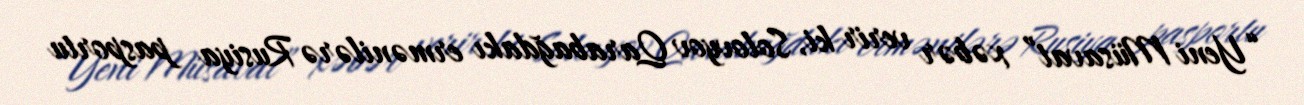
“Yeni Müsavat” xəbər verir ki, Solovyov Qarabağdakı ermənilərə Rusiya pasportu